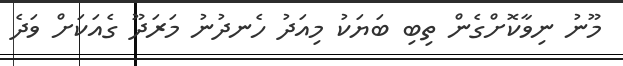
މޫނު ނިވާކޮށްގެން ތިބި ބަޔަކު މިއަދު ހެނދުނު މަރަދޫ ގެއަކަށް ވަދެ